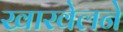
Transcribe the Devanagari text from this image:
खारवेलने